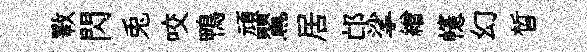
斁閃兎咬鴨頑鸎居邙挲繒幰幻晳